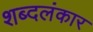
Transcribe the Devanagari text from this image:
शब्दलंकार